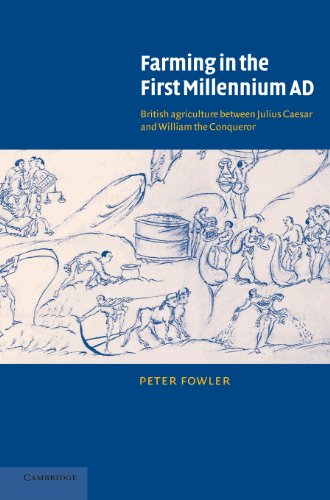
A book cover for Farming in the First Millennium AD: British Agriculture between Julius Caesar and William the Conqueror; Peter Fowler; Science & Math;